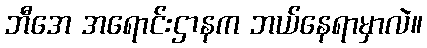
ဘီအေ အရောင်းဌာနက ဘယ်နေရာမှာလဲ။